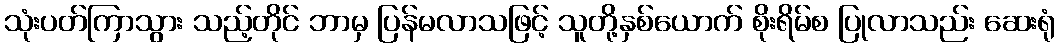
သုံးပတ်ကြာသွား သည့်တိုင် ဘာမှ ပြန်မလာသဖြင့် သူတို့နှစ်ယောက် စိုးရိမ်စ ပြုလာသည်း ဆေးရုံ